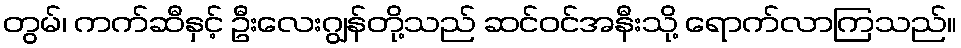
တွမ်၊ ကက်ဆီနှင့် ဦးလေးဂျွန်တို့သည် ဆင်ဝင်အနီးသို့ ရောက်လာကြသည်။